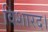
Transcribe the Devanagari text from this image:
विशारद।